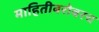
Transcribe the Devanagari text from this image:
माहितीबरोबरच